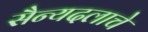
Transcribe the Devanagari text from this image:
सैन्यदलाचे